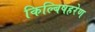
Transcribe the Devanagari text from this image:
किल्बिषहरेण